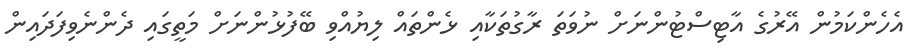
އެހެންކަމުން އޭރުގެ އާޓިސްޓުންނަށް ނުވަތަ ރާގުތަކާއި ޅެންތައް ލިޔުއްވި ބޭފުޅުންނަށް މަތީގައި ދެންނެވިފަދައިން